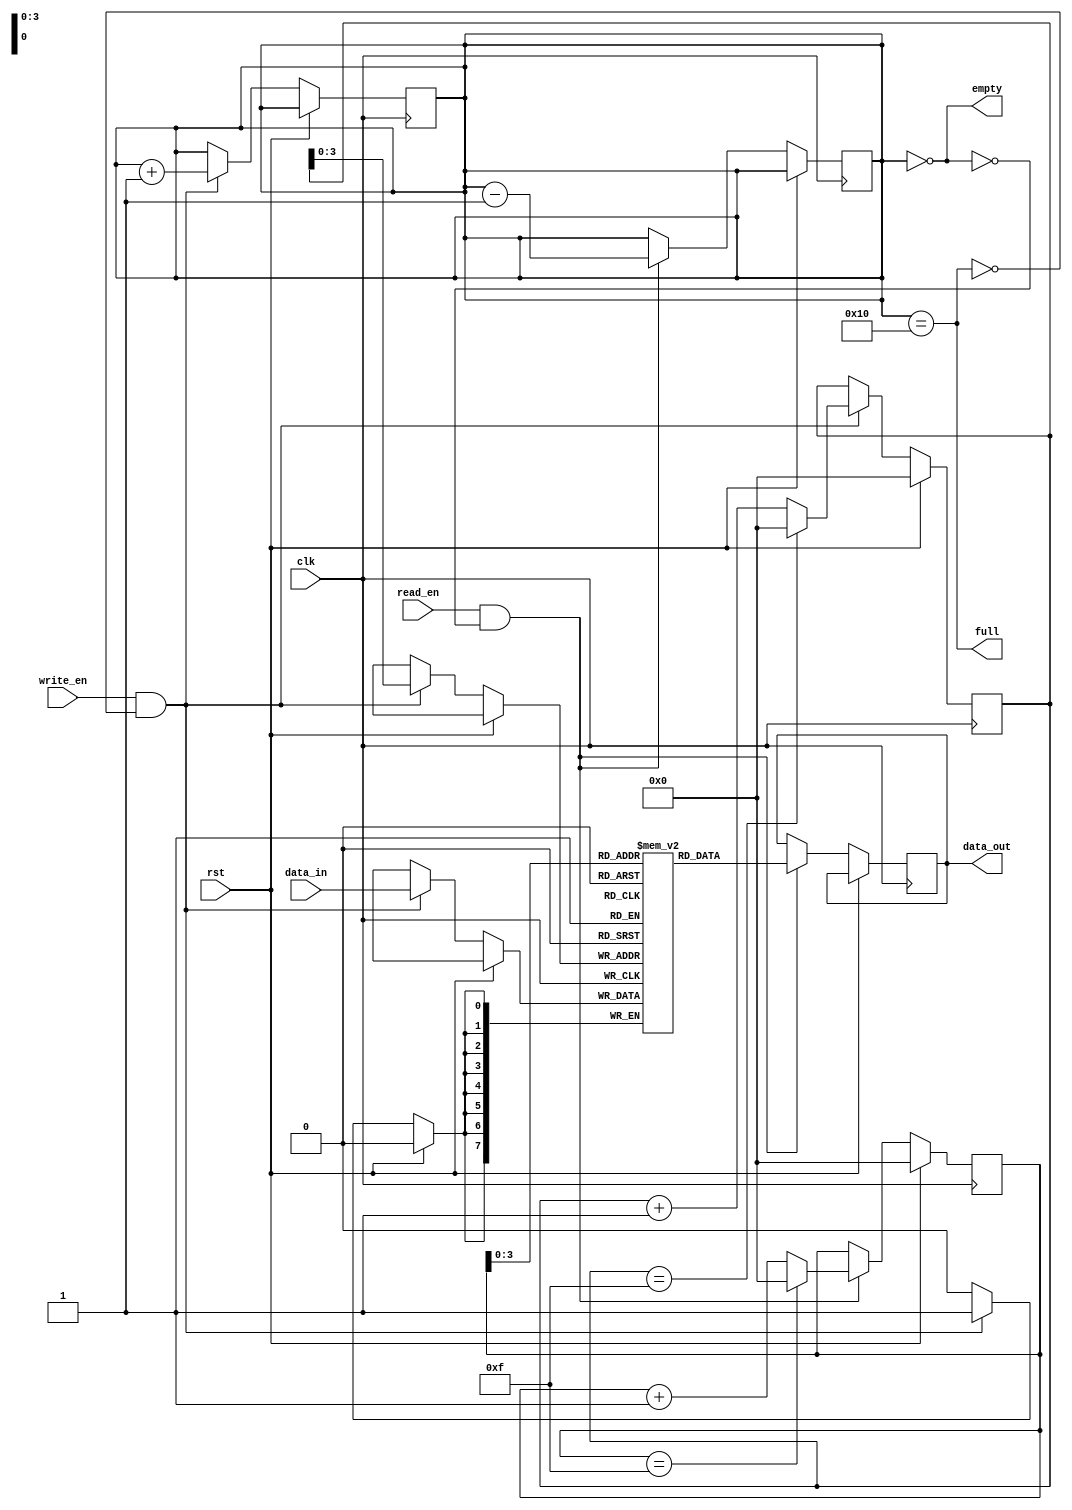
module circular_fifo
#(
    parameter DATA_WIDTH = 8,
    parameter DEPTH = 16
)
(
    input wire clk,
    input wire rst,
    input wire write_en,
    input wire read_en,
    input wire [DATA_WIDTH-1:0] data_in,
    output wire [DATA_WIDTH-1:0] data_out,
    output wire full,
    output wire empty
);

reg [DATA_WIDTH-1:0] buffer [DEPTH-1:0];
reg [DATA_WIDTH-1:0] read_ptr, write_ptr;
reg [DEPTH-1:0] count;

// Initialization block
initial begin
    read_ptr = 0;
    write_ptr = 0;
    count = 0;
end

// Write operation
always @(posedge clk) begin
    if (rst) begin
        write_ptr <= 0;
    end else if (write_en && !full) begin
        buffer[write_ptr] <= data_in;
        write_ptr <= (write_ptr == DEPTH-1) ? 0 : write_ptr + 1;
        count <= count + 1;
    end
end

// Read operation
always @(posedge clk) begin
    if (rst) begin
        read_ptr <= 0;
    end else if (read_en && !empty) begin
        data_out <= buffer[read_ptr];
        read_ptr <= (read_ptr == DEPTH-1) ? 0 : read_ptr + 1;
        count <= count - 1;
    end
end

// Full and empty status check
assign full = (count == DEPTH);
assign empty = (count == 0);

endmodule